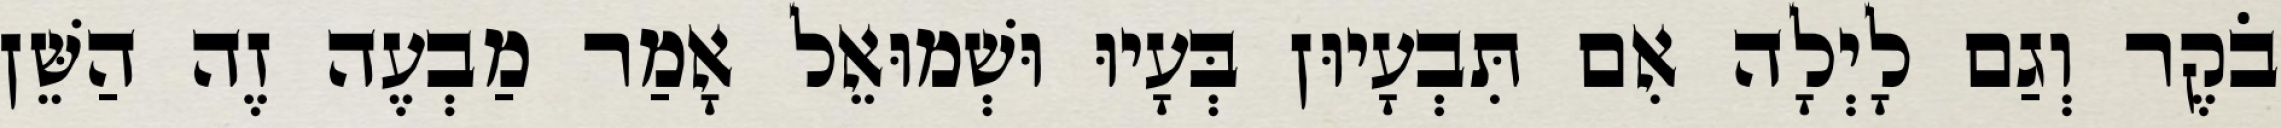
בֹקֶר וְגַם לָיְלָה אִם תִּבְעָיוּן בְּעָיוּ וּשְׁמוּאֵל אָמַר מַבְעֶה זֶה הַשֵּׁן